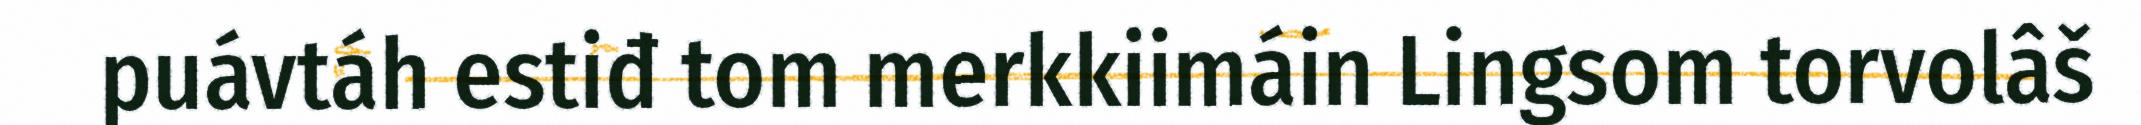
puávtáh estiđ tom merkkiimáin Lingsom torvolâš